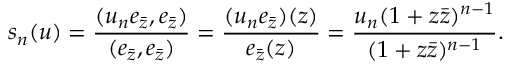
s _ { n } ( u ) = \frac { ( u _ { n } e _ { \bar { z } } , e _ { \bar { z } } ) } { ( e _ { \bar { z } } , e _ { \bar { z } } ) } = \frac { ( u _ { n } e _ { \bar { z } } ) ( z ) } { e _ { \bar { z } } ( z ) } = \frac { u _ { n } ( 1 + z \bar { z } ) ^ { n - 1 } } { ( 1 + z \bar { z } ) ^ { n - 1 } } .